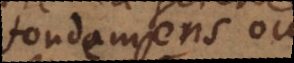
fondemens ou